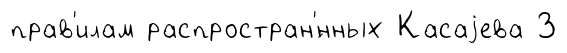
прав'илам распростран'́нных Касаjева З